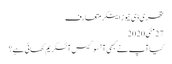
تھری ڈی نیوز اینکر متعارف
27مئی2020
کیا آپ نے کبھی آنسو گیس آئسکریم کھائی ہے؟